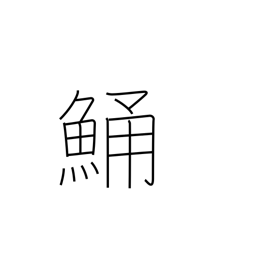
Meaning: flathead (fish)